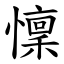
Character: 懍